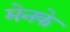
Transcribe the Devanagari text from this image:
मेनके